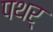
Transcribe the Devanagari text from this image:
पथर्